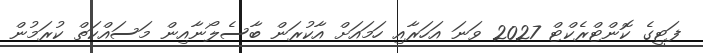
ފަޓީގެ ކޮންޓްރެކްޓް 2027 ވަނަ އަހަރާއި ހަމައަށް އާކުރަން ބާސެލޯނާއިން މަސައްކަތް ކުރަމުން